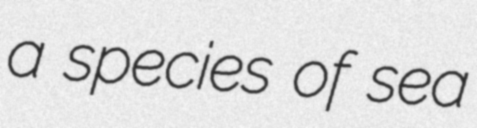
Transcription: a species of sea